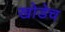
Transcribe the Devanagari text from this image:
खोडेच